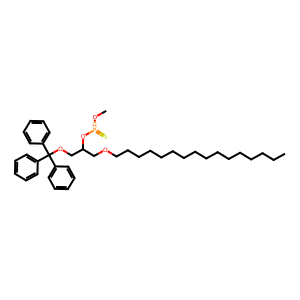
SMILES: CCCCCCCCCCCCCCCCOCC(COC(c1ccccc1)(c1ccccc1)c1ccccc1)O[PH](=S)OC
Inhibits HIV replication: No